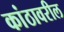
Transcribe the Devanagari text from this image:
कांठावरील